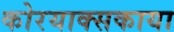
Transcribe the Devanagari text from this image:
कोरयाक्सकाया